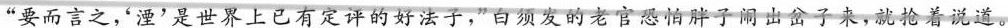
“要而言之，‘湮’是世界上已有定评的好法子，”白须发的老官恐怕胖子闹出岔子来，就抢着说道。